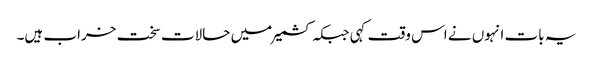
یہ بات انہوں نے اس وقت کہی جبکہ کشمیر میں حالات سخت خراب ہیں۔